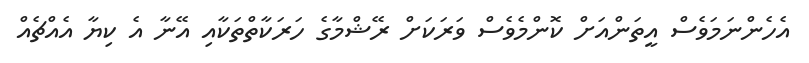
އެހެންނަމަވެސް އީތަންއަށް ކޮންމެވެސް ވަރަކަށް ރޭޝްމާގެ ހަރަކާތްތަކާއި އޭނާ އެ ކިޔާ އެއްޗެއް